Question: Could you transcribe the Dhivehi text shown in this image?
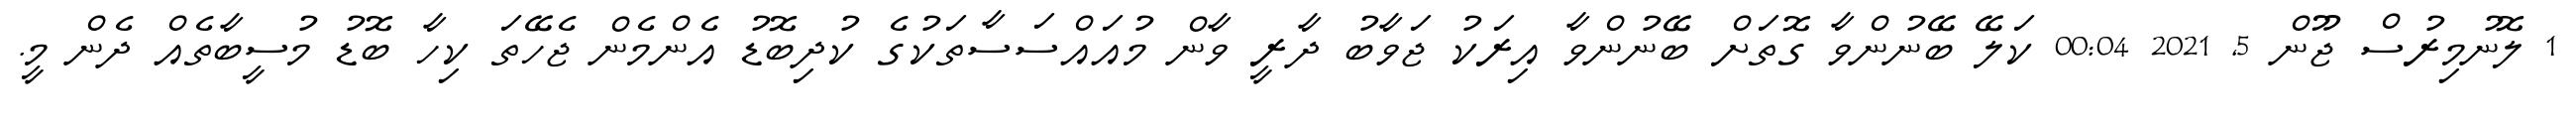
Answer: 1 ލޮނުމިރުސް ޖޫން 5, 2021 00:04 ކަލޭ ބޭނުންވާ ގޮތަށް ބޭނުންވާ އިރަކު ޖަވާބު ދާރީ ވާން މުއައްސަސާތަކުގެ ކުދިބޮޑު އެންމެން ޖެހޭތަ ކިހާ ބޮޑު މުސީބާތެއް ދެން މީ.